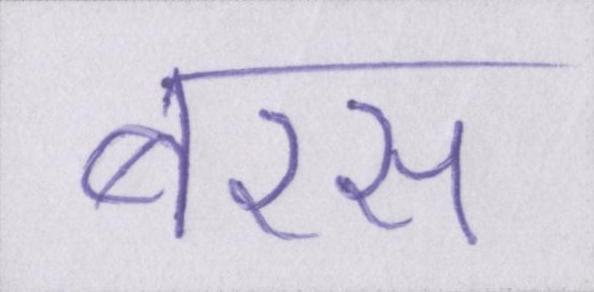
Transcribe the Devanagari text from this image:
बरस